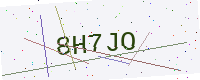
Text: 8H7JO